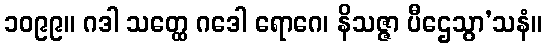
၁၀၉၉။ ဂဒါ သတ္ထေ ဂဒေါ ရောဂေ၊ နိသဇ္ဇာ ပီဌေသွာ’သနံ။